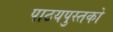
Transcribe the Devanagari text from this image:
पाठयपुस्तको